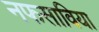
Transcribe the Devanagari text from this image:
नफसाविया